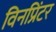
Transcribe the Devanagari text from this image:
विनप्रिंटर